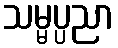
သမ္မပ္ပညာ